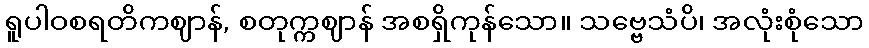
ရူပါဝစရတိကဈာန်, စတုက္ကဈာန် အစရှိကုန်သော။ သဗ္ဗေသံပိ၊ အလုံးစုံသော